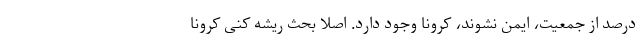
درصد از جمعیت، ایمن نشوند، کرونا وجود دارد. اصلا بحث ریشه کنی کرونا